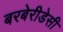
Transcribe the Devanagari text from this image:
बरबेरीडेसी